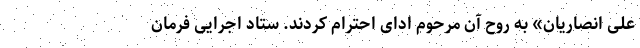
علی انصاریان» به روح آن مرحوم ادای احترام کردند. ستاد اجرایی فرمان